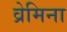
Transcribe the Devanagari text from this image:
व्रेमिना